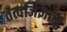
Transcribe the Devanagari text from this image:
तत्वजिज्ञासु